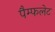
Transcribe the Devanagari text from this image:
पैम्‍फलेट